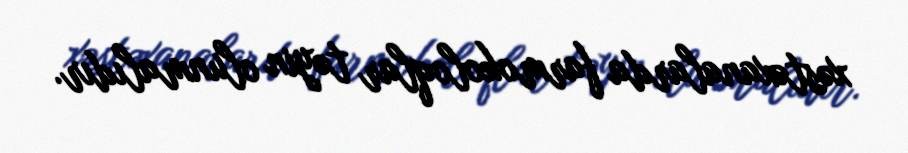
xəstəxanalarda farmokoloqlar təyin olunmalıdır.